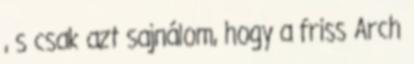
, s csak azt sajnálom, hogy a friss Arch